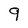
Character: 9